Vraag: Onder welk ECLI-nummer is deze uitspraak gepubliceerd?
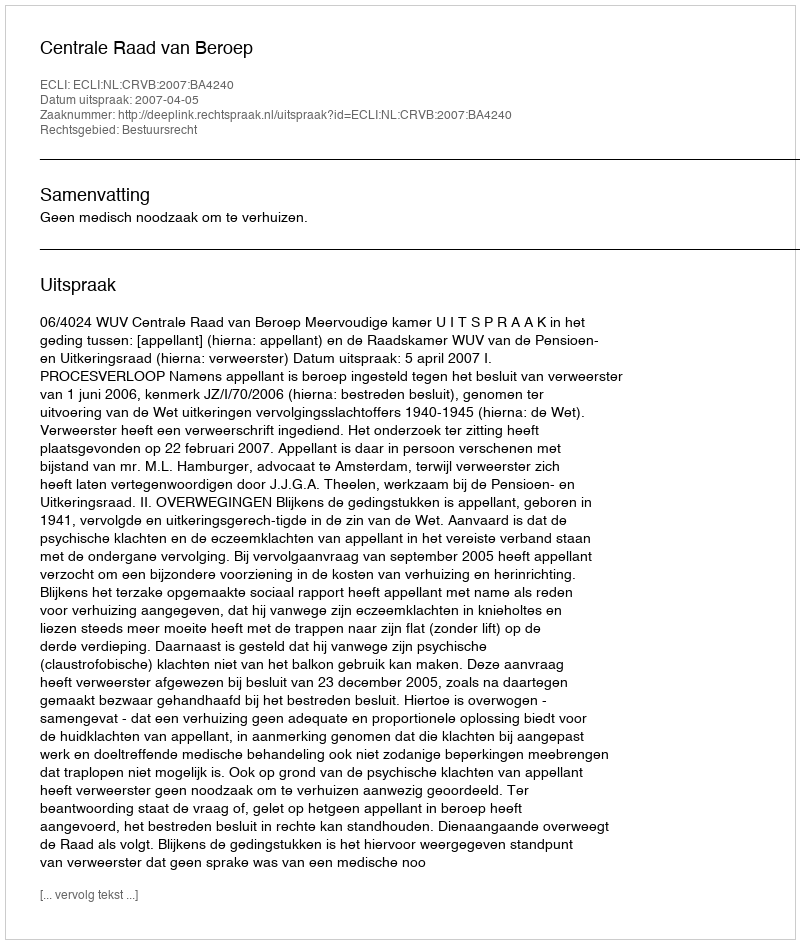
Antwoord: ECLI:NL:CRVB:2007:BA4240